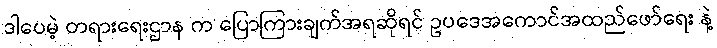
ဒါပေမဲ့ တရားရေးဌာန က ပြောကြားချက်အရဆိုရင် ဥပဒေအကောင်အထည်ဖော်ရေး နဲ့